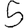
Digit: 5